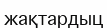
жақтардыц